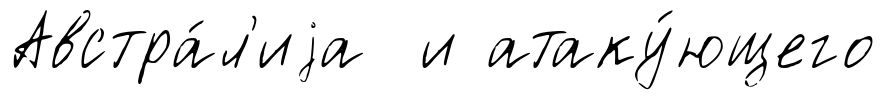
Австра́л'иjа и атаку́ющего